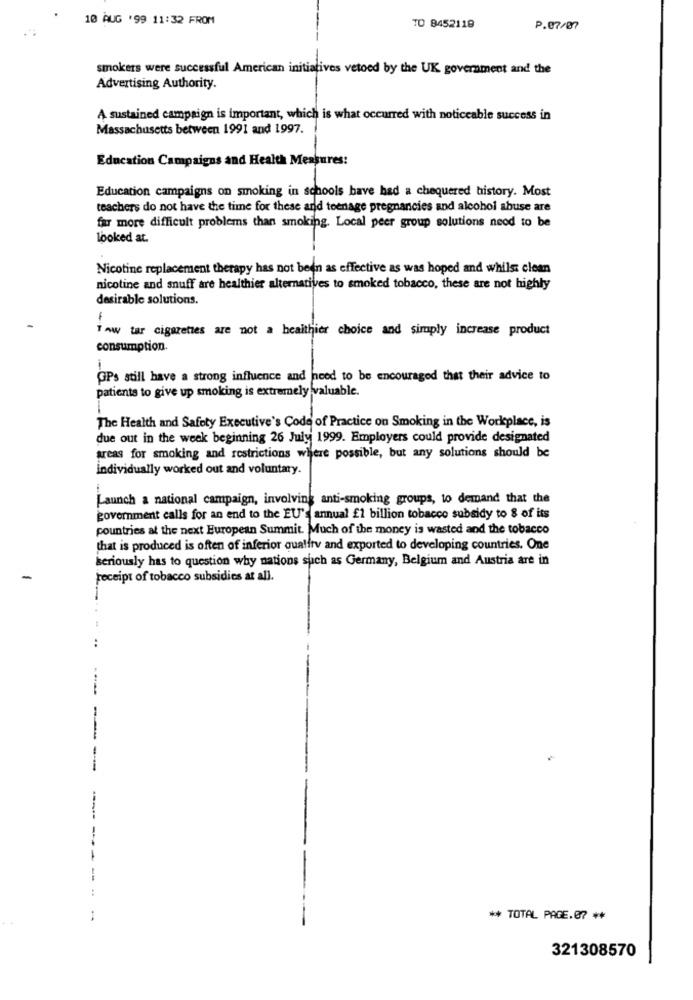
10 AUG '99 11:32 FROM
TO 8452118
P.07/07
smokers were successful American initiatives vetoed by the UK government and the
Advertising Authority.
A sustained campaign is important, which is what occurred with noticeable success in
Massachusetts between 1991 and 1997.
Education Campaigns and Health Measures:
Education campaigns on smoking in schools have had a chequered history. Most
teachers do not have the time for these and teenage pregnancies and alcohol abuse are
far more difficult problems than smoking. Local peer group solutions need to be
looked at.
Nicotine replacement therapy has not been as effective as was hoped and whilst clean
nicotine and snuff are healthier alternatives to smoked tobacco, these are not highly
desirable solutions.
1
Taw tar cigarettes are not a healthier choice and simply increase product
consumption.
OPs still have a strong influence and need to be encouraged that their advice to
patients to give up smoking is extremely valuable.
The Health and Safety Executive's Code of Practice on Smoking in the Workplace, is
due out in the week beginning 26 July 1999. Employers could provide designated
areas for smoking and restrictions where possible, but any solutions should be
individually worked out and voluntary.
Launch a national campaign, involving anti-smoking groups, to demand that the
government calls for an end to the EU's annual £1 billion tobacco subsidy to 8 of its
countries at the next European Summit. Much of the money is wasted and the tobacco
that is produced is often of inferior quality and exported to developing countries. One
kseriously has to question why nations such as Germany, Belgium and Austria are in
receipt of tobacco subsidies at all.
-----
--------
-
** TOTAL PACE.07 **
321308570